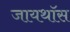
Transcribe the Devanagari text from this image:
जायथॉस